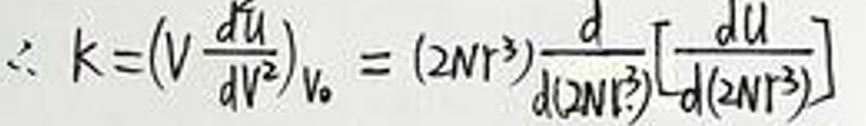
\(\therefore k=(V\frac{dU}{dV^2})_{V_0}=(2\pi r^3)\frac{d}{d(2\pi r^3)}[\frac{dU}{d(2\pi r^3)}]\)